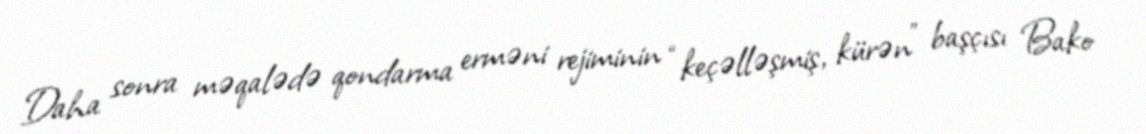
Daha sonra məqalədə qondarma erməni rejiminin “keçəlləşmiş, kürən” başçısı Bako